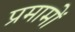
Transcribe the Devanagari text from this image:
प्रमामों